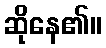
ဆိုနေ၏။